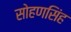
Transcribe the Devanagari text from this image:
सोहणसिंह